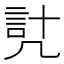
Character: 𧦕